Vaccination in the Punjab 1919-1929 - 1919-1929
Year: 1919
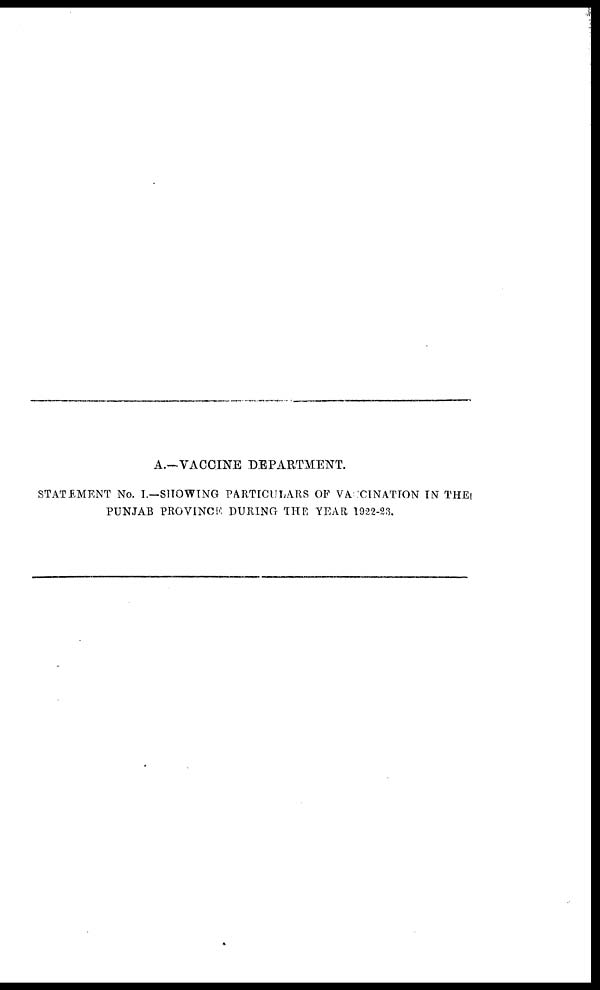
A.—VACCINE DEPARTMENT.
STATEMENT No. I.—SHOWING PARTICULARS OF VACCINATTON IN THE
PUNJAB PROVINCE DURING THE YEAR 1922-23.